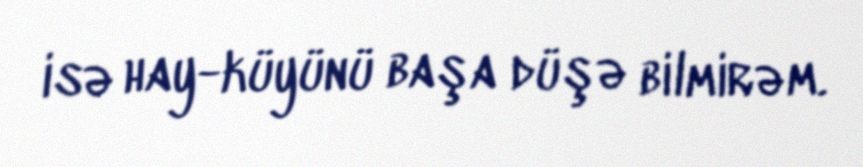
isə hay-küyünü başa düşə bilmirəm.